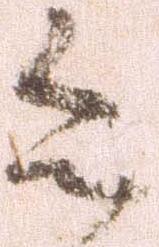
令